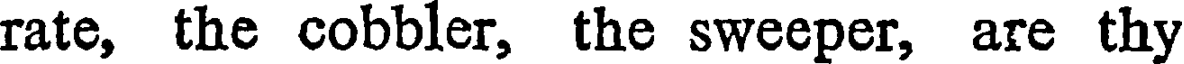
rate, the cobbler, the sweeper, are thy